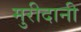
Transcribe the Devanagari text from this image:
मुरीदानी